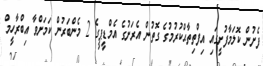
ފެށުން ކޮލަމާފުށީގައި އިފްތިތާޙްކުރުމުގެ ގޮތުން އެރަށުގެ އެމްޑީޕީގެ 2 މެންބަރުން ކަމަށްވާ އިބްރާހީމް